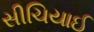
સીચિયાઈ